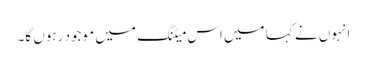
انہوں نے کہا میں اس میٹنگ میں موجود رہوں گا۔